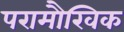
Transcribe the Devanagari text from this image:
परामौखिक